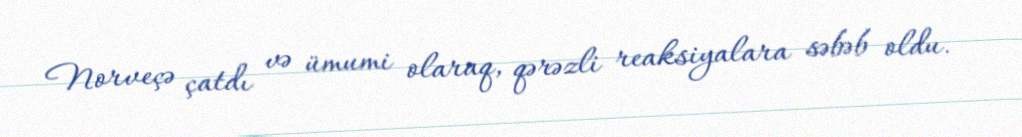
Norveçə çatdı və ümumi olaraq, qərəzli reaksiyalara səbəb oldu.